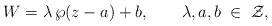
\begin{align*}W=\lambda \, \wp(z-a) + b, \qquad \lambda, a, b \; \in \;{\cal Z},\end{align*}